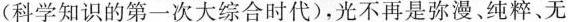
(科学知识的第一次大综合时代)，光不再是弥漫、纯粹、无